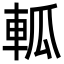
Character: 軱